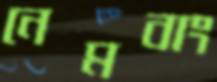
নেমবাং